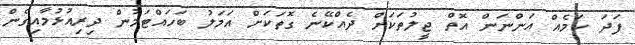
ފަދަ ކަމެއް އަންނަން އޮތް ޖީލުތަކަށް ދެއްކޭނެ ގޮތަކަށް އަމަލު ބަހައްޓަމުން ދިރިއުޅުމާއިގެން